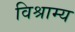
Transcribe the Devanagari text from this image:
विश्राम्य